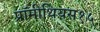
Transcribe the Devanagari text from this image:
प्रॉमीथियस१५